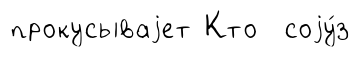
прокусываjет Кто соjу́з